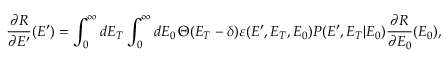
{ \frac { \partial R } { \partial E ^ { \prime } } ( E ^ { \prime } ) } = \int _ { 0 } ^ { \infty } \mathop { d E _ { T } } \int _ { 0 } ^ { \infty } \mathop { d E _ { 0 } } \Theta ( E _ { T } - \delta ) \varepsilon ( E ^ { \prime } , E _ { T } , E _ { 0 } ) P ( E ^ { \prime } , E _ { T } | E _ { 0 } ) \frac { \partial R } { \partial E _ { 0 } } ( E _ { 0 } ) ,